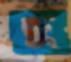
ছু